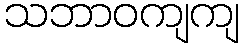
သဘာဝကျကျ